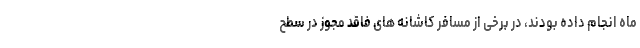
ماه انجام داده بودند، در برخی از مسافر کاشانه های فاقد مجوز در سطح